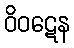
ဝိဝဋေန